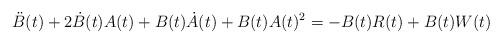
LaTeX: \begin{align*}&\ddot B(t)+2\dot B(t)A(t)+B(t)\dot A(t)+B(t)A(t)^2=-B(t)R(t)+B(t)W(t)\end{align*}